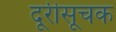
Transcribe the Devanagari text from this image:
दूरीसूचक